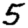
Digit: 5